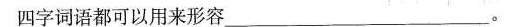
四字词语都可以用来形容___ (3个_)。